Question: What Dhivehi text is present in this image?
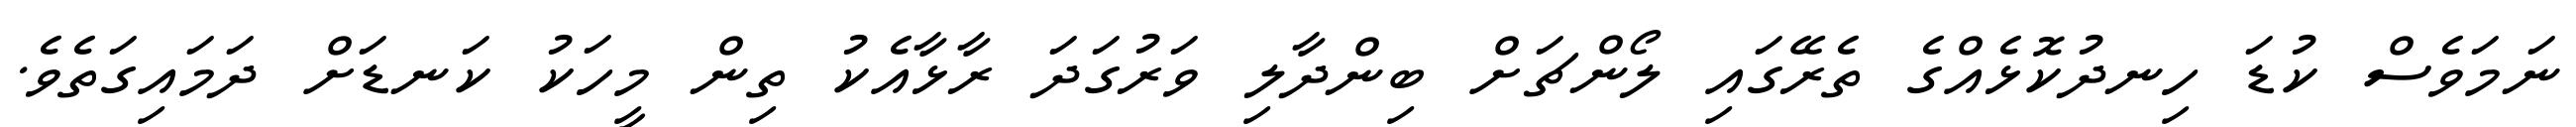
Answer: ނަމަވެސް ކުޑަ ހިނދުކޮޅެއްގެ ތެރޭގައި ލޯންޗަށް ބިންދާލި ވަރުގަދަ ރާޅާއެކު ތިން މީހަކު ކަނޑަށް ދަމައިގަތެވެ.